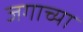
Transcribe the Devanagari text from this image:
जगाच्‍या